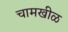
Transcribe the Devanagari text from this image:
चामखीळ